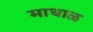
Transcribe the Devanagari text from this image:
माधाळ